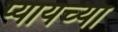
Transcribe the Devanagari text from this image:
प्यायच्या